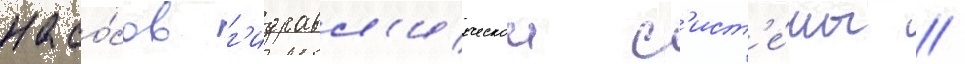
насо́сов г'идравл'ическои с'ист'е́мы //